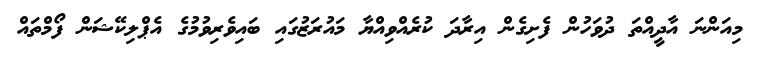
މިއަންނަ އާދީއްތަ ދުވަހުން ފެށިގެން އިރާދަ ކުރެއްވިއްޔާ މައުރަޒުގައި ބައިވެރިވުމުގެ އެޕްލިކޭޝަން ފޯމްތައް